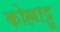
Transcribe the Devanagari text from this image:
कोल्लाट्टू